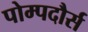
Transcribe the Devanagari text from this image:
पोम्पदौर्स